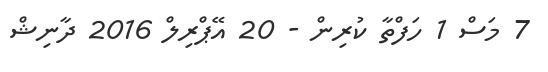
7 މަސް 1 ހަފްތާ ކުރިން - 20 އޭޕްރިލް 2016 ދާނިޝް